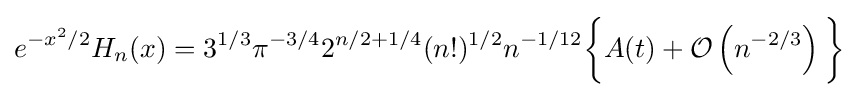
e^{-x^{2}/2}H_{n}(x)=3^{1/3}\pi ^{-3/4}2^{n/2+1/4}(n!)^{1/2}n^{-1/12}{\bigg \{}A(t)+{\mathcal {O}}\left(n^{-{2/3}}\right){\bigg \}}